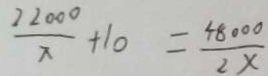
\frac { 2 2 0 0 } { x } + 1 0 = \frac { 4 8 0 0 0 } { 2 x }